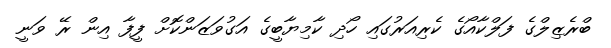
ބްރެޒިލްގެ ފަލްކާއޯގެ ކެރިއަރުގައި ހޯދި ކާމިޔާބީގެ އަގުވަޒަންކޮށް ފީފާ އިން ރޭ ވަނީ